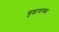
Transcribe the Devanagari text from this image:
बुडायच्या